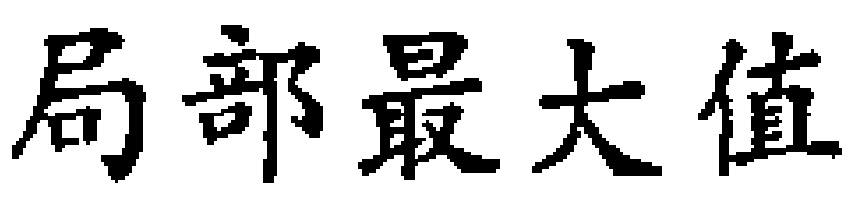
局部最大值